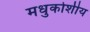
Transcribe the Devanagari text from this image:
मधुकोशीय